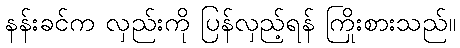
နန်းခင်က လှည်းကို ပြန်လှည့်ရန် ကြိုးစားသည်။